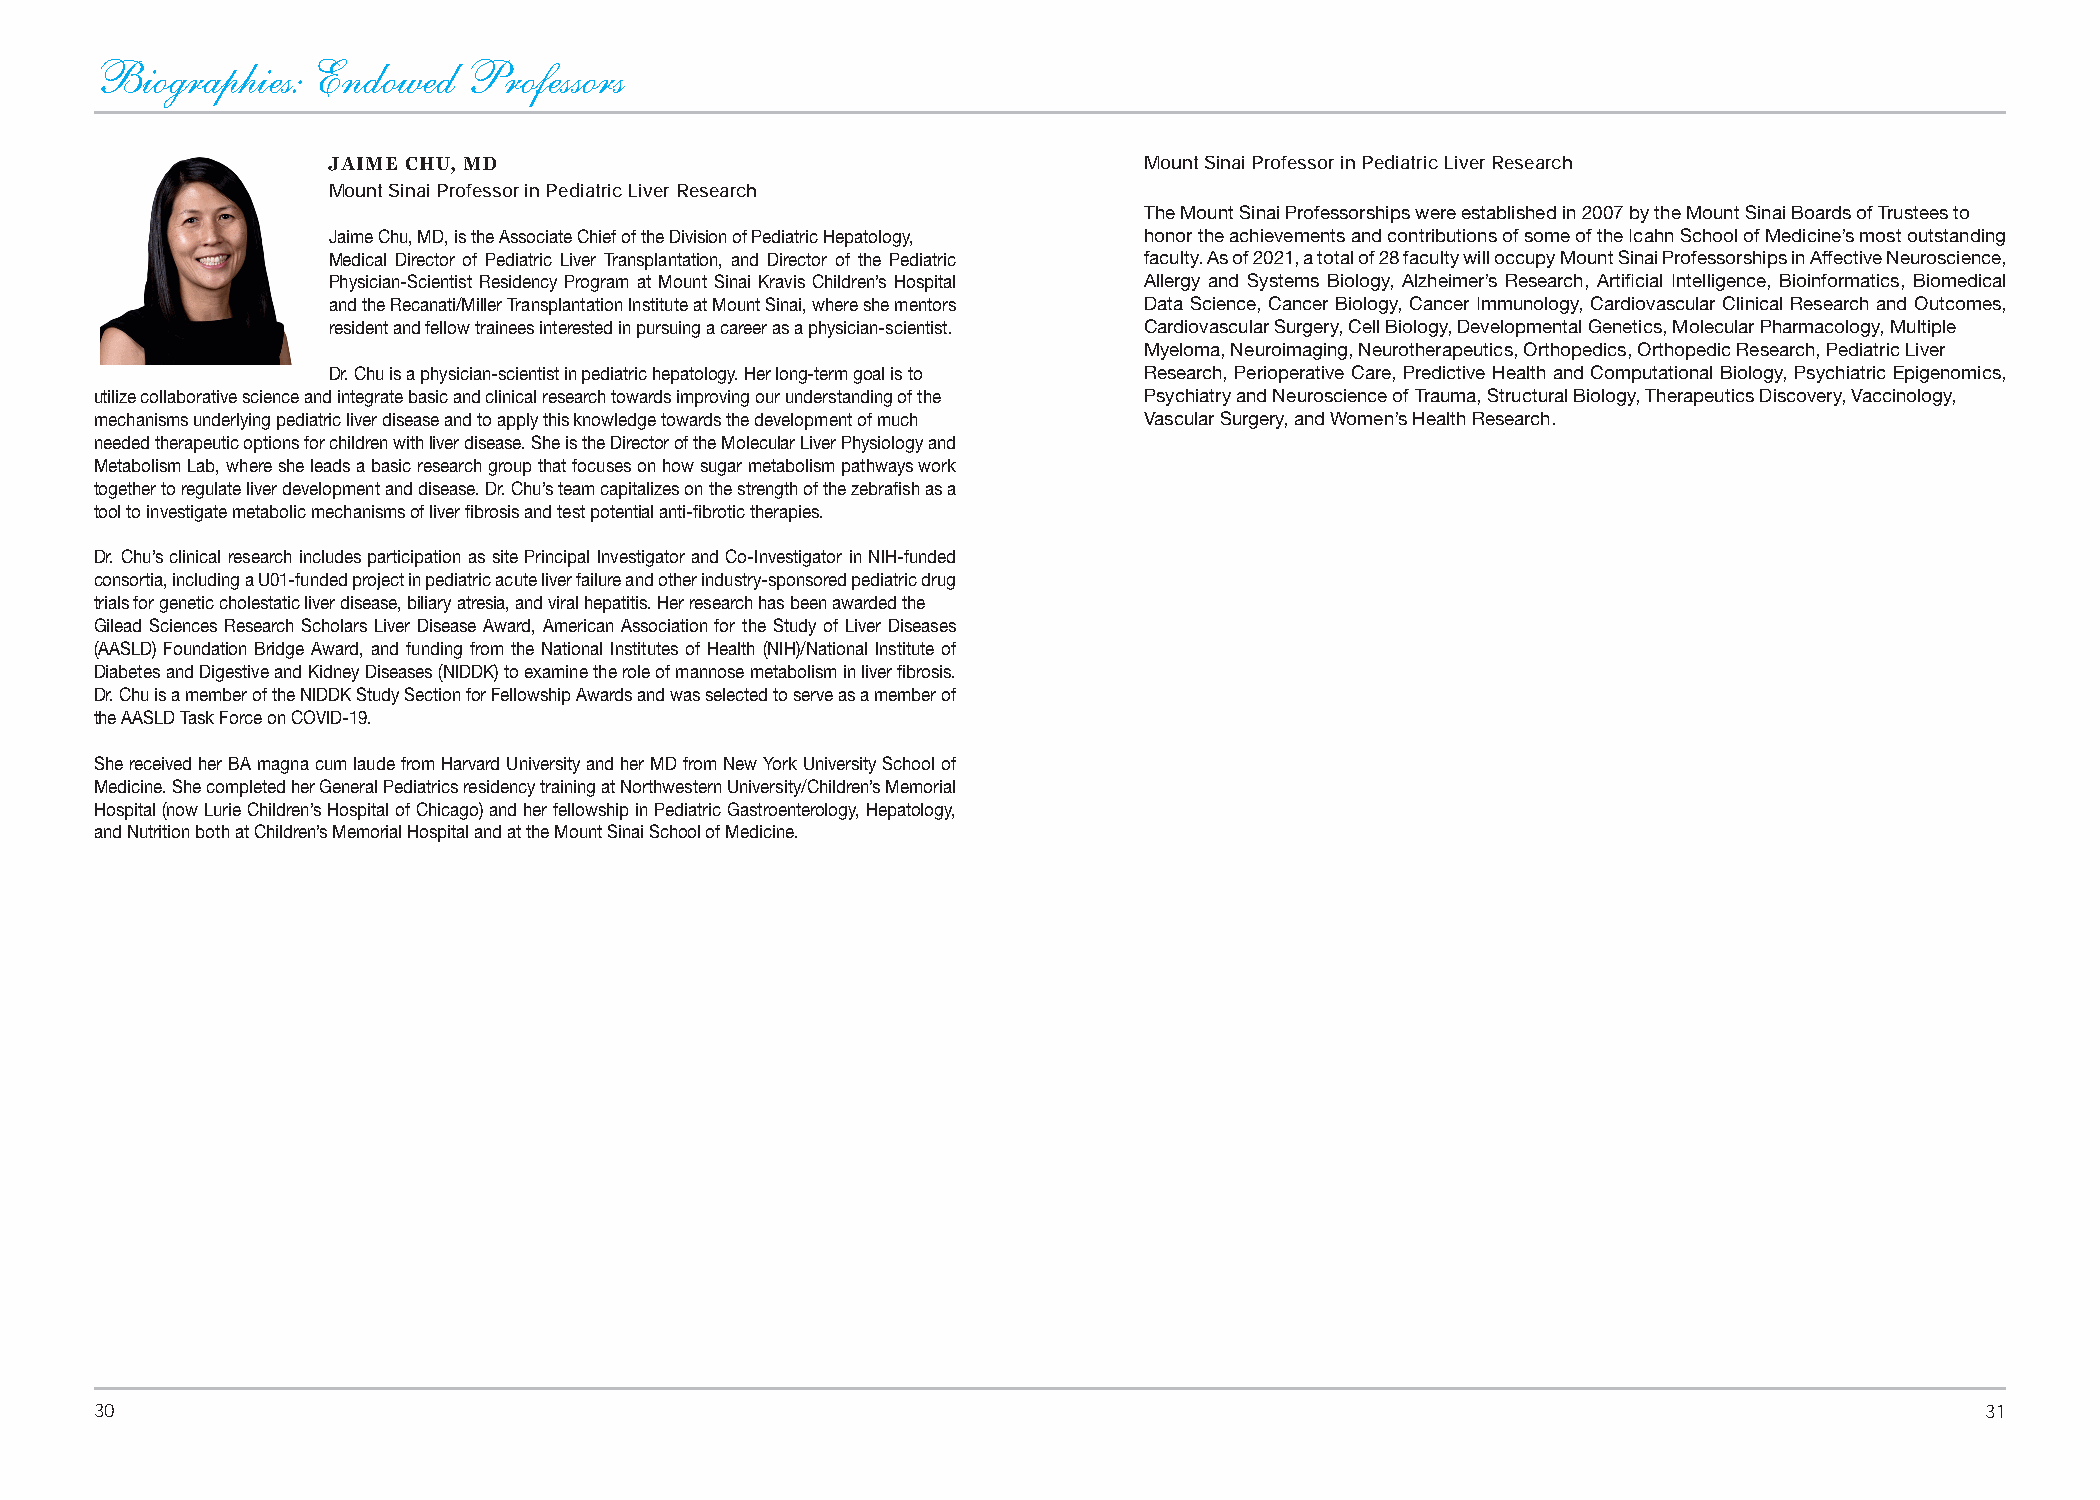
Biographies:   Endowed   Professors
 JAIME CHU, MD                                         Mount Sinai Professor in Pediatric Liver Research
 Mount Sinai Professor in Pediatric Liver Research
 The Mount Sinai Professorships were established in 2007 by the Mount Sinai Boards of Trustees to
 Jaime Chu, MD, is the Associate Chief of the Division of Pediatric Hepatology, honor the achievements and contributions of some of the Icahn School of Medicine’s most outstanding
 Medical Director of Pediatric Liver Transplantation, and Director of the Pediatric faculty. As of 2021, a total of 28 faculty will occupy Mount Sinai Professorships in Affective Neuroscience,
 Physician-Scientist Residency Program at Mount Sinai Kravis Children’s Hospital Allergy and Systems Biology, Alzheimer’s Research, Artificial Intelligence, Bioinformatics, Biomedical
 and the Recanati/Miller Transplantation Institute at Mount Sinai, where she mentors Data Science, Cancer Biology, Cancer Immunology, Cardiovascular Clinical Research and Outcomes,
 resident and fellow trainees interested in pursuing a career as a physician-scientist. Cardiovascular Surgery, Cell Biology, Developmental Genetics, Molecular Pharmacology, Multiple
 Myeloma, Neuroimaging, Neurotherapeutics, Orthopedics, Orthopedic Research, Pediatric Liver
 Dr. Chu is a physician-scientist in pediatric hepatology. Her long-term goal is to Research, Perioperative Care, Predictive Health and Computational Biology, Psychiatric Epigenomics,
 utilize collaborative science and integrate basic and clinical research towards improving our understanding of the Psychiatry and Neuroscience of Trauma, Structural Biology, Therapeutics Discovery, Vaccinology,
 mechanisms underlying pediatric liver disease and to apply this knowledge towards the development of much Vascular Surgery, and Women’s Health Research.
 needed therapeutic options for children with liver disease. She is the Director of the Molecular Liver Physiology and
 Metabolism Lab, where she leads a basic research group that focuses on how sugar metabolism pathways work
 together to regulate liver development and disease. Dr. Chu’s team capitalizes on the strength of the zebrafish as a
 tool to investigate metabolic mechanisms of liver fibrosis and test potential anti-fibrotic therapies.
 Dr. Chu’s clinical research includes participation as site Principal Investigator and Co-Investigator in NIH-funded
 consortia, including a U01-funded project in pediatric acute liver failure and other industry-sponsored pediatric drug
 trials for genetic cholestatic liver disease, biliary atresia, and viral hepatitis. Her research has been awarded the
 Gilead Sciences Research Scholars Liver Disease Award, American Association for the Study of Liver Diseases
 (AASLD) Foundation Bridge Award, and funding from the National Institutes of Health (NIH)/National Institute of
 Diabetes and Digestive and Kidney Diseases (NIDDK) to examine the role of mannose metabolism in liver fibrosis.
 Dr. Chu is a member of the NIDDK Study Section for Fellowship Awards and was selected to serve as a member of
 the AASLD Task Force on COVID-19.
 She received her BA magna cum laude from Harvard University and her MD from New York University School of
 Medicine. She completed her General Pediatrics residency training at Northwestern University/Children’s Memorial
 Hospital (now Lurie Children’s Hospital of Chicago) and her fellowship in Pediatric Gastroenterology, Hepatology,
 and Nutrition both at Children’s Memorial Hospital and at the Mount Sinai School of Medicine.
 30                                                                                                                           31